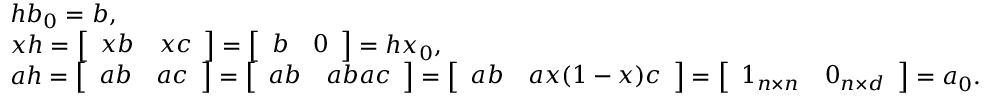
\begin{array} { r l } & { h b _ { 0 } = b , } \\ & { x h = \left[ \begin{array} { l l } { x b } & { x c } \end{array} \right] = \left[ \begin{array} { l l } { b } & { 0 } \end{array} \right] = h x _ { 0 } , } \\ & { a h = \left[ \begin{array} { l l } { a b } & { a c } \end{array} \right] = \left[ \begin{array} { l l } { a b } & { a b a c } \end{array} \right] = \left[ \begin{array} { l l } { a b } & { a x ( 1 - x ) c } \end{array} \right] = \left[ \begin{array} { l l } { 1 _ { n \times n } } & { 0 _ { n \times d } } \end{array} \right] = a _ { 0 } . } \end{array}